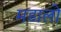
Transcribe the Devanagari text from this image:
मडालो